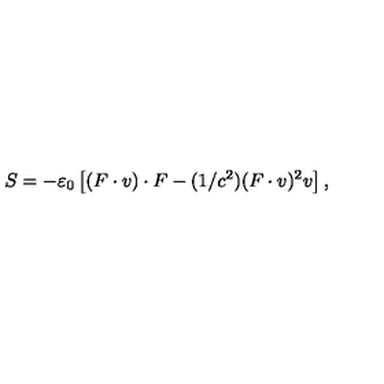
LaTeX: S = - \varepsilon _ { 0 } \left[ ( F \cdot v ) \cdot F - ( 1 / c ^ { 2 } ) ( F \cdot v ) ^ { 2 } v \right] ,